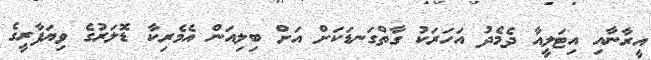
އީރާނާއި އިޓަލީއާ ދެމެދު އަހަރަކު ގާތްގަނޑަކަށް އަށް ބިލިއަން އެމެރިކާ ޑޮލަރުގެ ވިޔަފާރީގެ